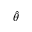
\hat { \theta }